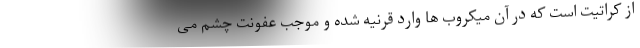
از کراتیت است که در آن میکروب ها وارد قرنیه شده و موجب عفونت چشم می